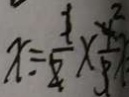
x = \frac { 1 } { 2 } \times \frac { 2 } { 3 }